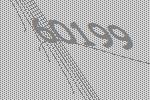
60199